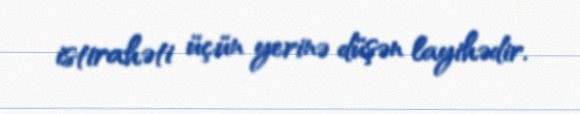
istirahəti üçün yerinə düşən layihədir.